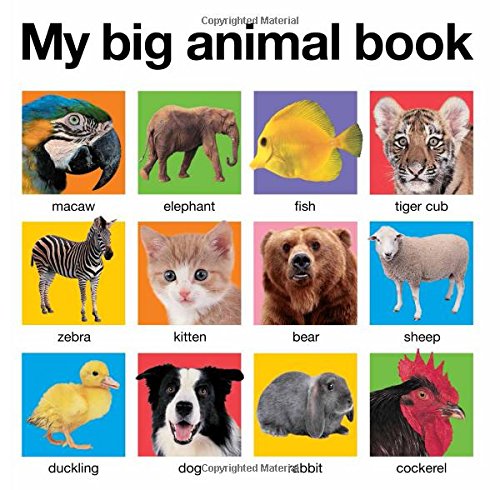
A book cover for My Big Animal Book (My Big Board Books); Roger Priddy; Children's Books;